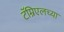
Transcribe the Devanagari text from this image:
टॅम्रिएलच्या